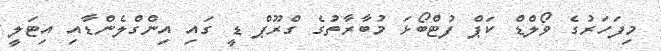
މިފަހަރުގެ ވޯލްޑް ކަޕް ފުޓްބޯޅަ މުބާރާތުގެ ގްރޫޕް ޑީ ގައި އިންގްލެންޑާއި އިޓަލީ